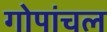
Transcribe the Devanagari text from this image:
गोपांचल